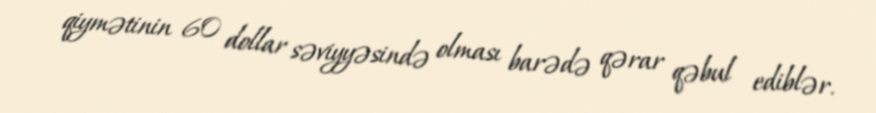
qiymətinin 60 dollar səviyyəsində olması barədə qərar qəbul ediblər.